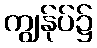
ကျွန်ုပ်၌